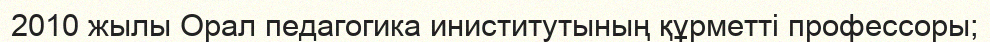
2010 жылы Орал педагогика иниститутының құрметті профессоры;